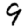
Digit: 9